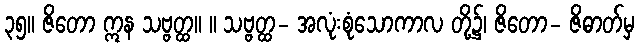
၃၅။ ဇိတော ဣန သဗ္ဗတ္ထ။ ။ သဗ္ဗတ္ထ- အလုံးစုံသောကာလ တို့၌၊ ဇိတော- ဇိဓာတ်မှ